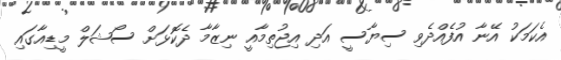
އެކަމަކު އޭނާ އުފެއްދެވި ސިޔާސީ އަދި އިޖުތިމާއީ ނިޒާމާ ދެކޮޅަށް ސޯޝަލް މީޑިއާގައި